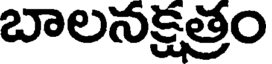
బాలనక్షత్రం